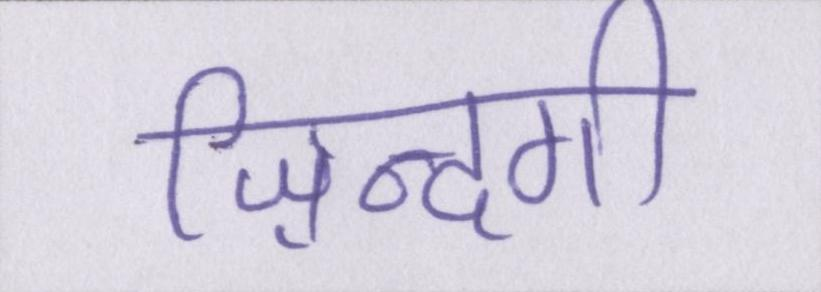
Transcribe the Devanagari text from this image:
ज़िन्दगी